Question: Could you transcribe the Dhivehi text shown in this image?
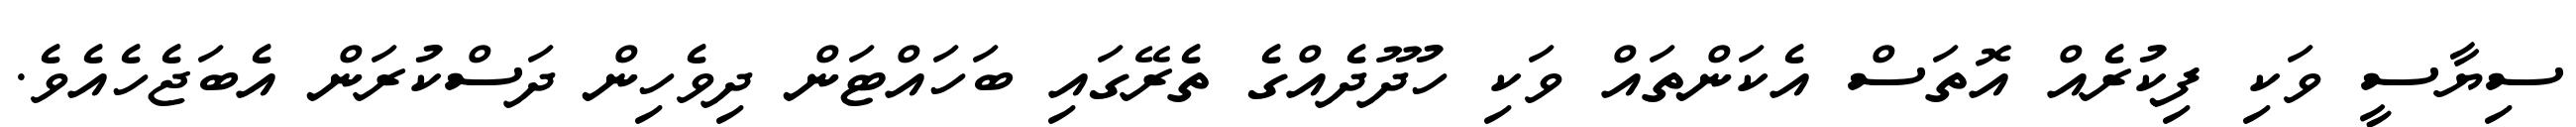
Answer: ސިޔާސީ ވަކި ފިކުރެއް އޮތަސް އެކަންތައް ވަކި ހުދޫދެއްގެ ތެރޭގައި ބަހައްޓަން ދިވެހިން ދަސްކުރަން އެބަޖެހެއެވެ.